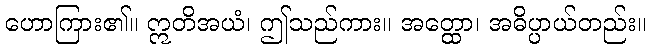
ဟောကြား၏။ ဣတိအယံ၊ ဤသည်ကား။ အတ္ထော၊ အဓိပ္ပာယ်တည်း။